Civil Veterinary Dept. North-West Frontier Province 1901-22 - 1901-1922
Year: 1901
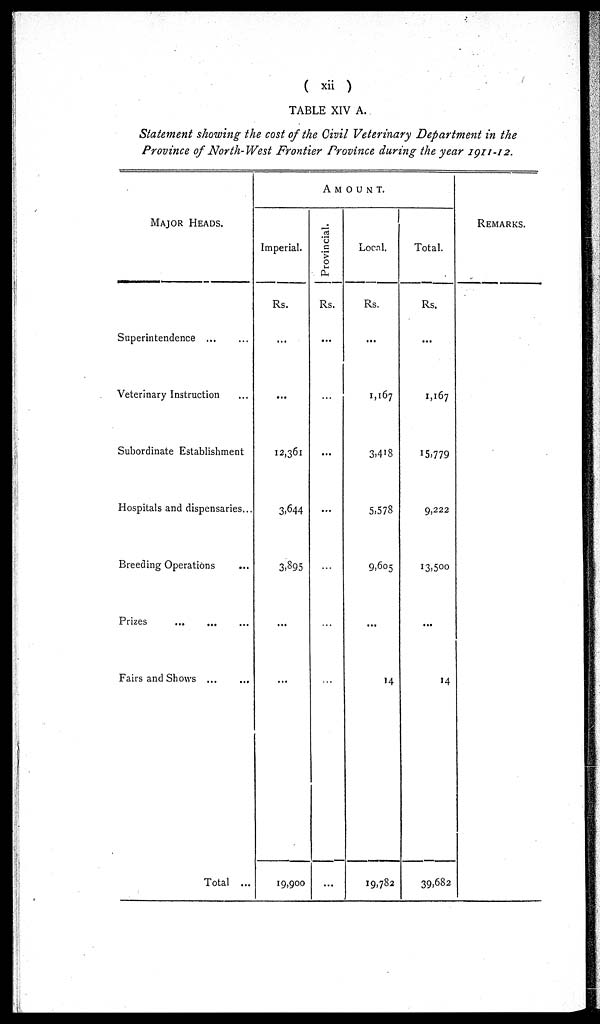
( xii )
TABLE XIV A.
Statement showing the cost of the Civil Veterinary Department in the
Province of North-West Frontier Province during the year 1911-12.
MAJOR HEADS.
Superintendence ... ...
Veterinary Instruction ...
Subordinate Establishment
Hospitals and dispensaries...
Breeding Operations ...
Prizes ... ... ...
Fairs and Shows ... ...
Total ...
AMOUNT.
Imperial.
Rs.
...
...
12,361
3,644
3,895
...
...
19,900
Provincial.
Rs.
...
...
...
...
...
...
...
...
Local.
Rs.
...
1,167
3,418
5,578
9,605
...
14
19,782
Total.
Rs.
...
1,167
15,779
9,222
13,500
...
14
39,682
REMARKS.